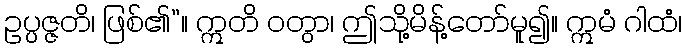
ဥပ္ပဇ္ဇတိ၊ ဖြစ်၏”။ ဣတိ ဝတွာ၊ ဤသို့မိန့်တော်မူ၍။ ဣမံ ဂါထံ၊